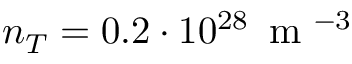
n _ { T } = 0 . 2 \cdot 1 0 ^ { 2 8 } \, \mathrm { ~ m ~ } ^ { - 3 }